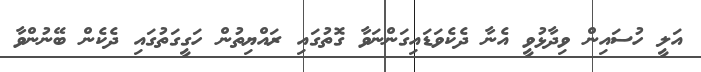
އަލީ ހުސައިން ވިދާޅުވީ އެނާ ދެކެވަޑައިގަންނަވާ ގޮތުގައި ރައްޔިތުން ހަގީގަތުގައި ދެކެން ބޭނުންވާ